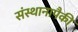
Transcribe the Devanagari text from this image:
संस्थानापैकी